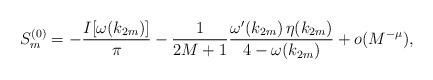
LaTeX: \begin{align*}S_m^{(0)}=-\frac{I[\omega(k_{2m})]}{\pi}-\frac{1}{2M+1}\frac{\omega'(k_{2m})\,\eta(k_{2m})}{4-\omega(k_{2m})}+{ o(M^{-\mu}),}\end{align*}